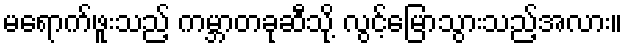
မရောက်ဖူးသည့် ကမ္ဘာတခုဆီသို့ လွင့်မြောသွားသည့်အလား။